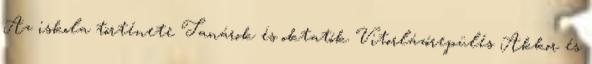
Az iskola története Tanárok és oktatók Vitorlázórepülés Akkor és